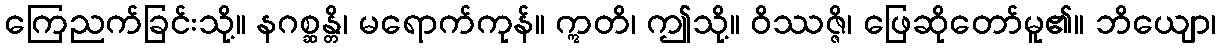
ကြေညက်ခြင်းသို့။ နဂစ္ဆန္တိ၊ မရောက်ကုန်။ ဣတိ၊ ဤသို့။ ဝိဿဇ္ဇိ၊ ဖြေဆိုတော်မူ၏။ ဘိယျော၊